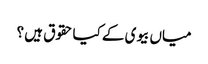
میاں بیوی کے کیا حقوق ہیں ؟